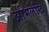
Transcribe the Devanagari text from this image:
अभिलेखि